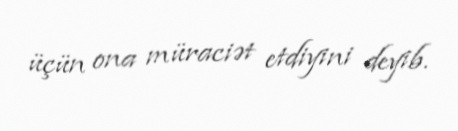
üçün ona müraciət etdiyini deyib.